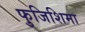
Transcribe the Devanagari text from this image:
फुजिशिमा